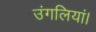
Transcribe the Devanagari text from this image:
उंगलियां।